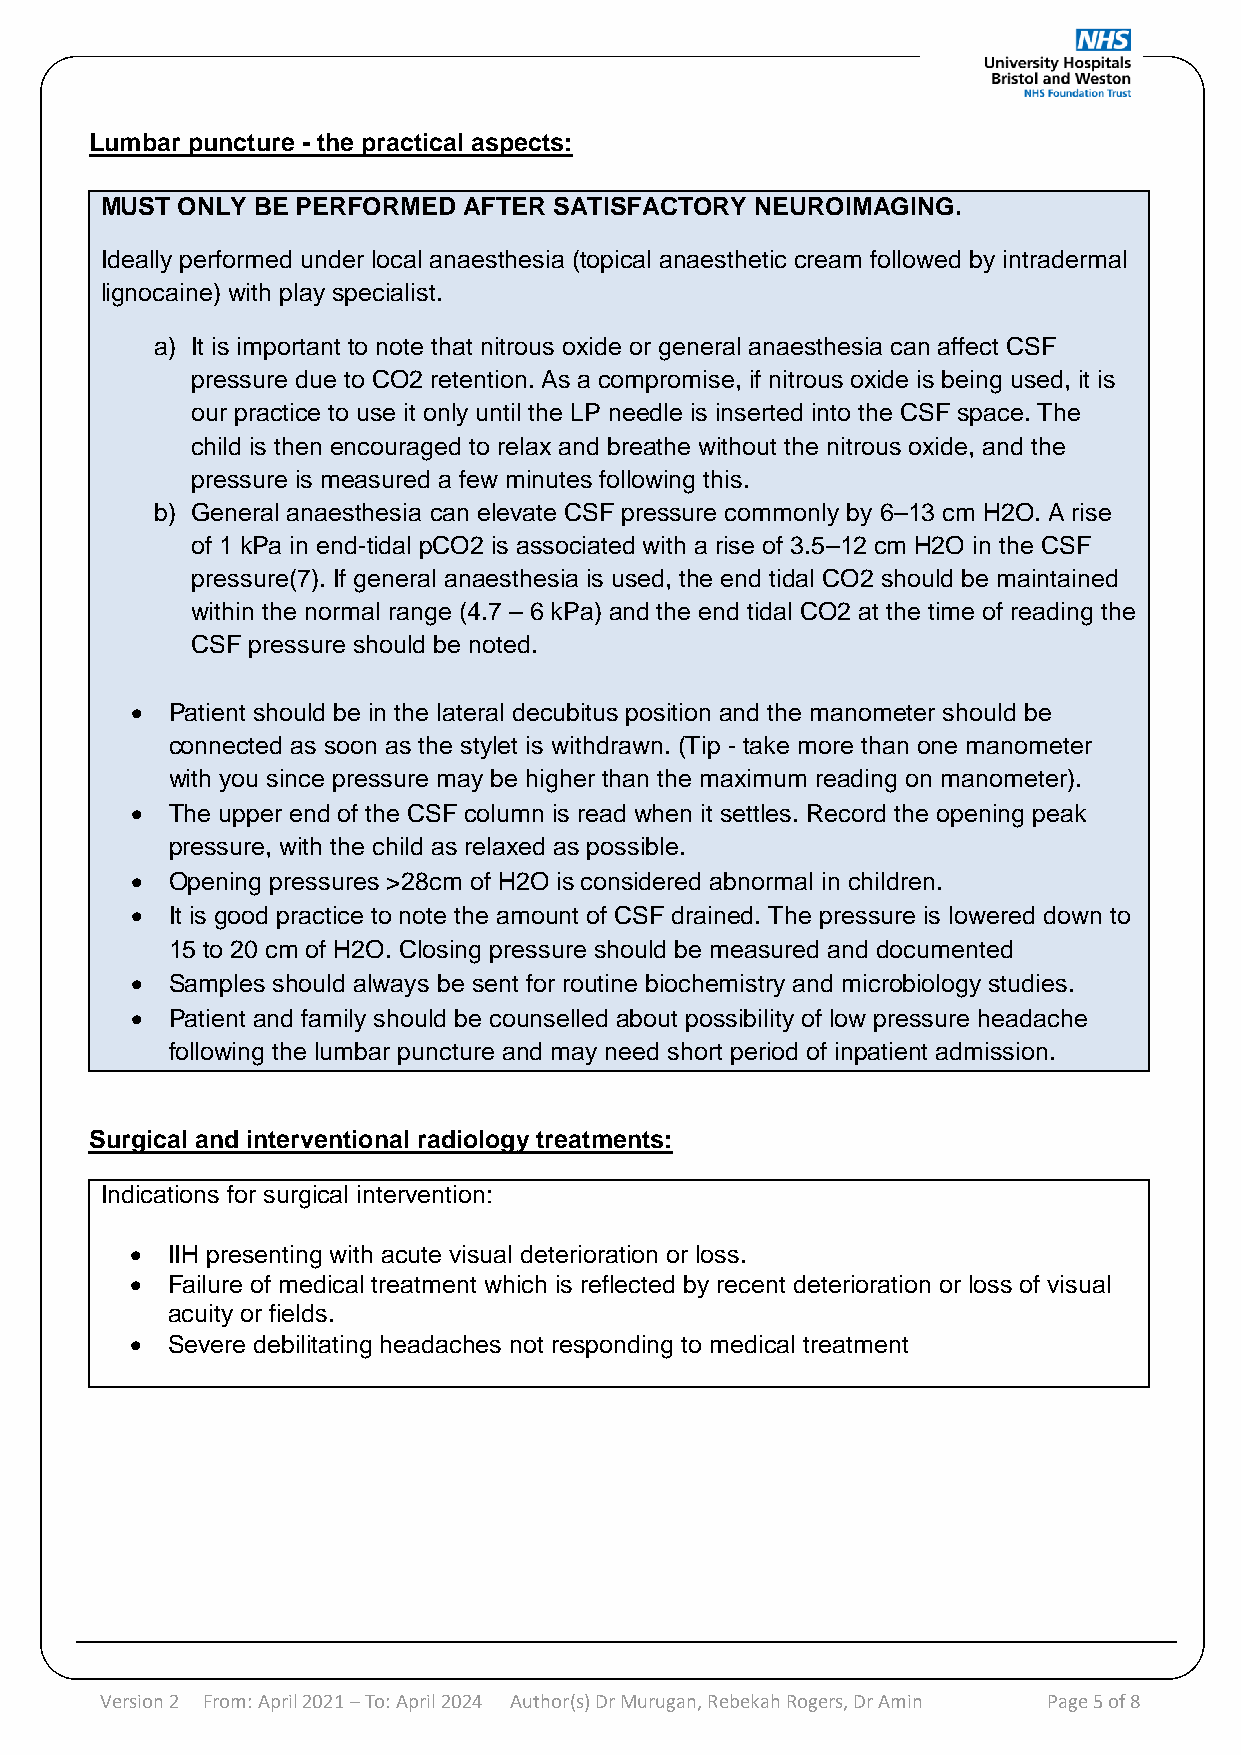
Lumbar puncture - the practical aspects:
 MUST ONLY BE PERFORMED  AFTER SATISFACTORY NEUROIMAGING.
 Ideally performed under local anaesthesia (topical anaesthetic cream followed by intradermal
 lignocaine) with play specialist.
 a) It is important to note that nitrous oxide or general anaesthesia can affect CSF
 pressure due to CO2 retention. As a compromise, if nitrous oxide is being used, it is
 our practice to use it only until the LP needle is inserted into the CSF space. The
 child is then encouraged to relax and breathe without the nitrous oxide, and the
 pressure is measured a few minutes following this.
 b) General anaesthesia can elevate CSF pressure commonly by 6–13 cm H2O. A rise
 of 1 kPa in end-tidal pCO2 is associated with a rise of 3.5–12 cm H2O in the CSF
 pressure(7). If general anaesthesia is used, the end tidal CO2 should be maintained
 within the normal range (4.7 – 6 kPa) and the end tidal CO2 at the time of reading the
 CSF pressure should be noted.
 • Patient should be in the lateral decubitus position and the manometer should be
 connected as soon as the stylet is withdrawn. (Tip - take more than one manometer
 with you since pressure may be higher than the maximum reading on manometer).
 • The upper end of the CSF column is read when it settles. Record the opening peak
 pressure, with the child as relaxed as possible.
 • Opening pressures >28cm of H2O is considered abnormal in children.
 • It is good practice to note the amount of CSF drained. The pressure is lowered down to
 15 to 20 cm of H2O. Closing pressure should be measured and documented
 • Samples should always be sent for routine biochemistry and microbiology studies.
 • Patient and family should be counselled about possibility of low pressure headache
 following the lumbar puncture and may need short period of inpatient admission.
 Surgical and interventional radiology treatments:
 Indications for surgical intervention:
 • IIH presenting with acute visual deterioration or loss.
 • Failure of medical treatment which is reflected by recent deterioration or loss of visual
 acuity or fields.
 • Severe debilitating headaches not responding to medical treatment
 Version 2 From: April 2021 – To: April 2024 Au thor(s) Dr Murugan, Rebekah Rogers, Dr Amin Page 5 of 8